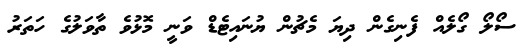
ސޯލޯ ގޯލެއް ފެނިގެން ދިޔަ މެޗުން ޔުނައިޓެޑް ވަނީ މޮޅުވެ ތާވަލުގެ ހަތަރު